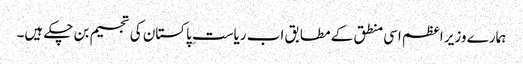
ہمارے وزیر اعظم اسی منطق کے مطابق اب ریاستِ پاکستان کی تجسیم بن چکے ہیں۔